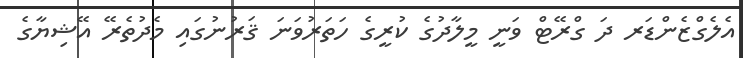
އެލެގްޒެންޑަރ ދަ ގްރޭޓް ވަނީ މީލާދުގެ ކުރީގެ ހަތަރުވަނަ ޤަރުނުގައި މެދުތެރޭ އޭޝިޔާގެ